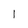
Character: l